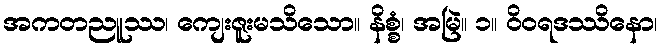
အကတညူဿ၊ ကျေးဇူးမသိသော။ နိစ္စံ၊ အမြဲ။ ၁။ ဝိဝရဒဿိနော၊